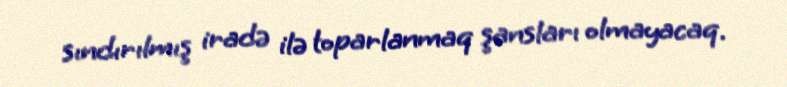
sındırılmış iradə ilə toparlanmaq şansları olmayacaq.